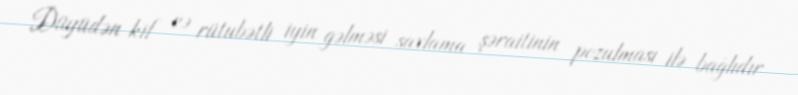
Düyüdən kif və rütubətli iyin gəlməsi saxlama şəraitinin pozulması ilə bağlıdır